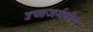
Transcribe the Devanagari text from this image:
उच्चजर्मनीय